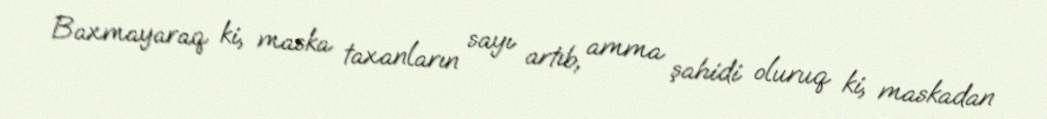
Baxmayaraq ki, maska taxanların sayı artıb, amma şahidi oluruq ki, maskadan